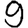
Digit: 9